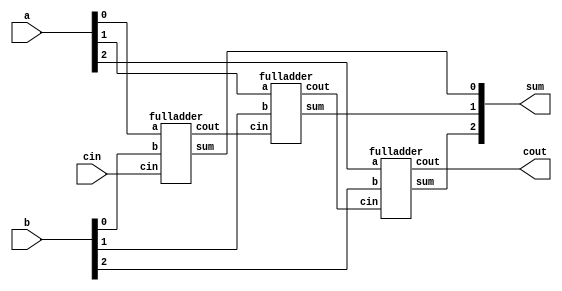
module paralleladder (a,b,cin,sum,cout);
    input [2:0]a,b;
    input cin;
    output [2:0]sum;
    output cout;
    wire l,m;
    fulladder f0(a[0],b[0],cin,sum[0],l);
    fulladder f1(a[1],b[1],l,sum[1],m);
    fulladder f2(a[2],b[2],m,sum[2],cout);    
endmodule

module fulladder (a,b,cin,sum,cout);
    input a,b,cin;
    output sum,cout;
    wire l1,m1,n1;
    and a1 (l1,a,b);
    and a2 (m1,b,cin);
    and a3 (n1,a,cin);
    or o1 (cout,l1,m1,n1);
    xor x1 (sum,a,b,cin);
endmodule